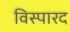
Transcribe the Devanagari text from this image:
विस्पारद